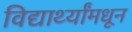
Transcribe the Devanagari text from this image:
विद्यार्थ्यांमधून